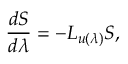
\frac { d S } { d \lambda } = - L _ { u ( \lambda ) } S ,